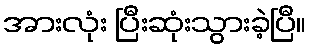
အားလုံး ပြီးဆုံးသွားခဲ့ပြီ။